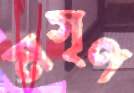
মসৃণ